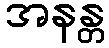
အနန္တ